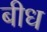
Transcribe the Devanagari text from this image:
बीध